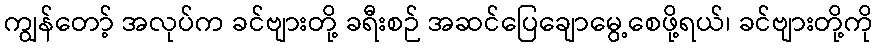
ကျွန်တော့် အလုပ်က ခင်ဗျားတို့ ခရီးစဉ် အဆင်ပြေချောမွေ့စေဖို့ရယ်၊ ခင်ဗျားတို့ကို